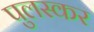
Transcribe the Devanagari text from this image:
पुलस्कर